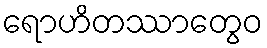
ရောဟိတဿာတွေဝ